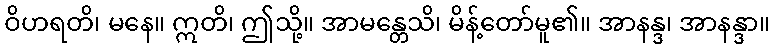
ဝိဟရတိ၊ မနေ။ ဣတိ၊ ဤသို့။ အာမန္တေသိ၊ မိန့်တော်မူ၏။ အာနန္ဒ၊ အာနန္ဒာ။